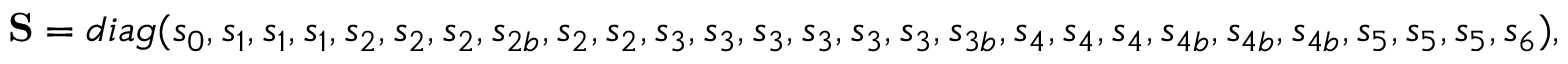
{ \bf { S } } = d i a g ( { s _ { 0 } } , { s _ { 1 } } , { s _ { 1 } } , { s _ { 1 } } , { s _ { 2 } } , { s _ { 2 } } , { s _ { 2 } } , { s _ { 2 b } } , { s _ { 2 } } , { s _ { 2 } } , { s _ { 3 } } , { s _ { 3 } } , { s _ { 3 } } , { s _ { 3 } } , { s _ { 3 } } , { s _ { 3 } } , { s _ { 3 b } } , { s _ { 4 } } , { s _ { 4 } } , { s _ { 4 } } , { s _ { 4 b } } , { s _ { 4 b } } , { s _ { 4 b } } , { s _ { 5 } } , { s _ { 5 } } , { s _ { 5 } } , { s _ { 6 } } ) ,